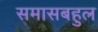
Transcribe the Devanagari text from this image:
समासबहुल